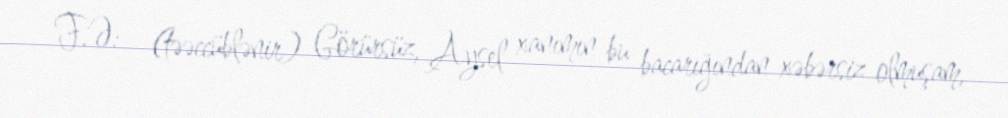
F.Ə: - (təəccüblənir) Görürsüz, Aysel xanımın bu bacarığından xəbərsiz olmuşam,